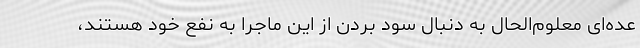
عده‌ای معلوم‌الحال به دنبال سود بردن از این ماجرا به نفع خود هستند،